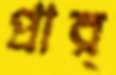
প্রার্